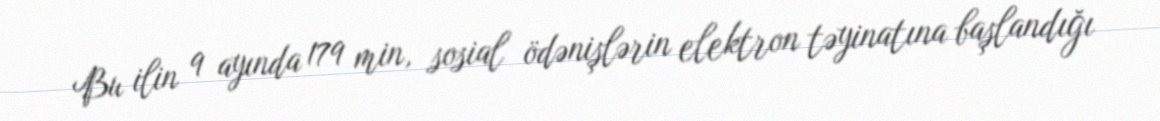
Bu ilin 9 ayında 179 min, sosial ödənişlərin elektron təyinatına başlandığı